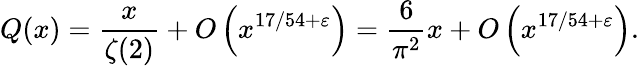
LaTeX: Q(x)={\frac{x}{\zeta(2)}}+O\left(x^{17/54+\varepsilon}\right)={\frac{6}{\pi^{2}}}x+O\left(x^{17/54+\varepsilon}\right).